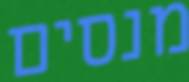
מנסים